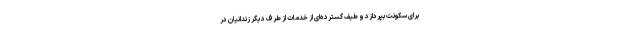
برای سکونت بپردازد و طیف گسترده‌ای از خدمات از طرف دیگر زندانیان در